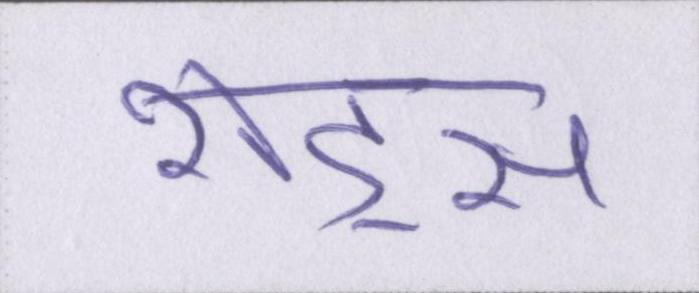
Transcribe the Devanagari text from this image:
शेड्स